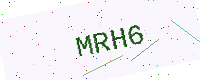
Text: MRH6